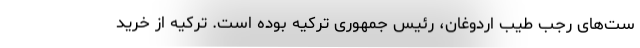
ست‌های رجب طیب اردوغان، رئیس جمهوری ترکیه بوده است. ترکیه از خرید